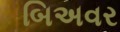
બિઅવર